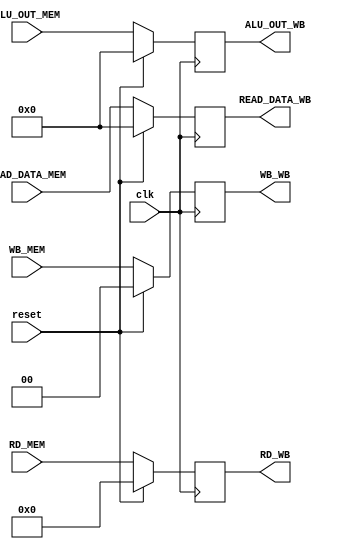

module MEM_WB(
    input clk, reset,
    input [31:0] READ_DATA_MEM,
    input [31:0] ALU_OUT_MEM,
    input [1:0] WB_MEM,
    input [4:0] RD_MEM,
    output reg [31:0] READ_DATA_WB,
    output reg [31:0] ALU_OUT_WB,
    output reg [1:0] WB_WB,
    output reg [4:0] RD_WB
    );
    
    always @(posedge clk) begin
        if(reset) begin
            READ_DATA_WB = 0;
            ALU_OUT_WB = 0;
            WB_WB = 0;
            RD_WB = 0;
        end
        else begin
            READ_DATA_WB = READ_DATA_MEM;
            ALU_OUT_WB = ALU_OUT_MEM;
            WB_WB = WB_MEM;
            RD_WB = RD_MEM;
        end
    end
endmodule